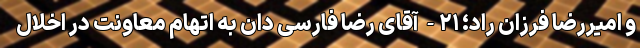
و امیررضا فرزان راد؛ ۲۱- آقای رضا فارسی دان به اتهام معاونت در اخلال